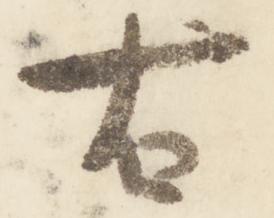
右